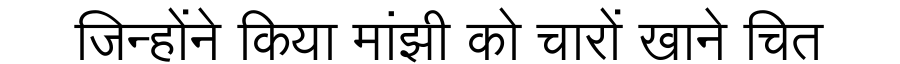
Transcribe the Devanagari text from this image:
जिन्होंने किया मांझी को चारों खाने चित